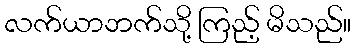
လက်ယာဘက်သို့ ကြည့် မိသည်။